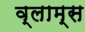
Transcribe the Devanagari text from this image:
व्लाम्स